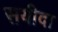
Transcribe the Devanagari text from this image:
सयीदा